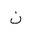
Letter: _non